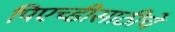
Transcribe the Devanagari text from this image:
पिएच्डीसाठीचे